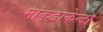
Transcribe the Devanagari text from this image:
मांकडाकेन्दा